Annual report on the Civil Veterinary Department, Burma (including the Insein Veterinary School) - 1932-1941
Year: 1932
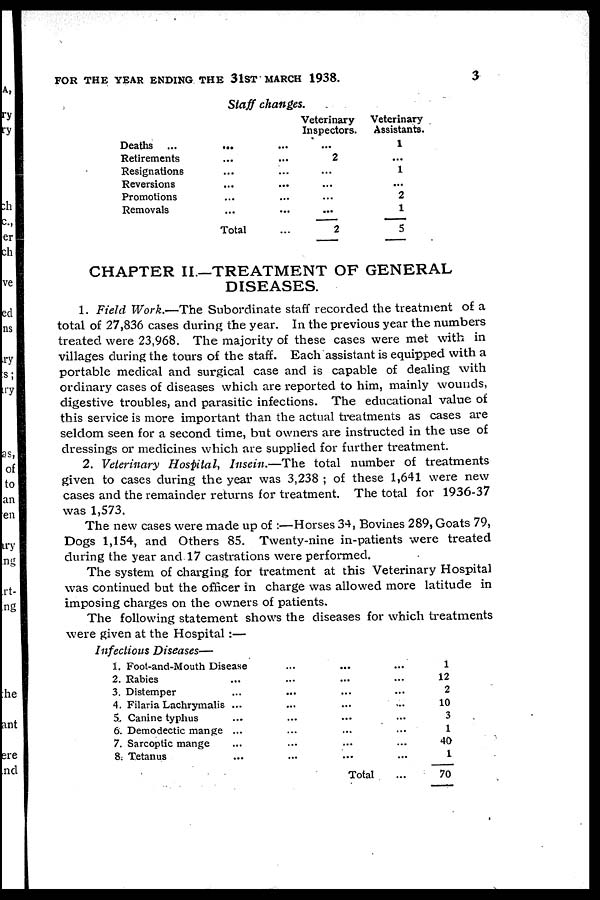
FOR THE YEAR ENDING THE 3lST MARCH 1938.
3
Staff changes.
Deaths ...
Retirements
Resignations
Reversions
Promotions
Removals
...
...
...
...
...
...
Total
...
...
...
...
...
...
...
Veterinary
Inspectors.
...
2
...
...
...
...
2
Veterinary
Assistants.
1
...
1
...
2
1
5
CHAPTER II.—TREATMENT OF GENERAL
DISEASES.
1. Field Work.—The Subordinate staff recorded the treatment of a
total of 27,836 cases during the year. In the previous year the numbers
treated were 23,968. The majority of these cases were met with in
villages during the tours of the staff. Each assistant is equipped with a
portable medical and surgical case and is capable of dealing with
ordinary cases of diseases which are reported to him, mainly wounds,
digestive troubles, and parasitic infections. The educational value of
this service is more important than the actual treatments as cases are
seldom seen for a second time, but owners are instructed in the use of
dressings or medicines which are supplied for further treatment.
2. Veterinary Hospital, Insein.—The total number of treatments
given to cases during the year was 3,238 ; of these 1,641 were new
cases and the remainder returns for treatment. The total for 1936-37
was 1,573.
The new cases were made up of :—Horses 34, Bovines 289, Goats 79,
Dogs 1,154, and Others 85. Twenty-nine in-patients were treated
during the year and 17 castrations were performed.
The system of charging for treatment at this Veterinary Hospital
was continued but the officer in charge was allowed more latitude in
imposing charges on the owners of patients.
The following statement shows the diseases for which treatments
were given at the Hospital :—
Infectious Diseases—
1. Foot-and-Mouth Disease
2. Rabies
3. Distemper
4. Filaria Lachrymalis
5. Canine typhus
6. Demodectic mange
7. Sarcoptic mange
8. Tetanus
...
...
...
...
...
...
...
...
...
...
...
...
...
...
...
...
...
...
...
...
...
...
...
Total
...
...
...
...
...
...
...
...
...
1
12
2
10
3
1
40
1
70